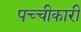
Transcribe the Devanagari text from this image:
पच्‍चीकारी